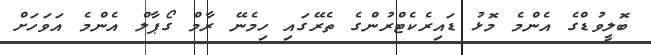
ބޮލީވުޑްގެ އެންމެ މޮޅު ޑައިރެކެޓްރުންގެ ތެރޭގައި ހިމެނޭ ރާމް ގޯޕާލް އެންމެ އަވަހަށް